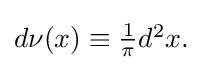
{\textstyle d\nu (x)\equiv {\frac {1}{\pi }}d^{2}x.}